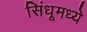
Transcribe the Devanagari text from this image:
सिंधूमध्ये